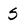
Character: S